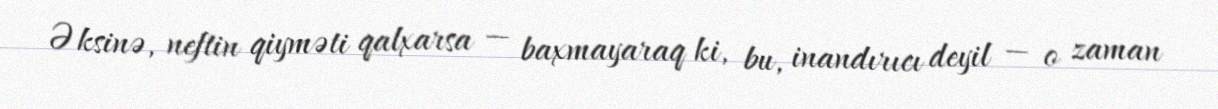
Əksinə, neftin qiyməti qalxarsa — baxmayaraq ki, bu, inandırıcı deyil — o zaman